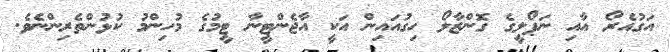
އަގުއެރޯ އާއި ނަޕޯލީގެ ގޮންޒާލޯ ހިގުއައިން އަކީ އާޖެންޓީނާ ޓީމުގެ މުހިންމު ކުޅުންތެރިންނެވެ.